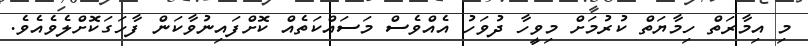
މި އިމާރަތް ހިމާޔަތް ކުރުމަށް މިވީހާ ދުވަހު އެއްވެސް މަސައްކަތެއް ކޮށްފައިނުވާކަން ފާހަގަކޮށްލެވެއެވެ.